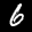
Label: 6